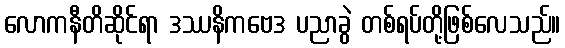
လောကနီတိဆိုင်ရာ ဒဿနိကဗေဒ ပညာခွဲ တစ်ရပ်တို့ဖြစ်လေသည်။